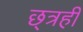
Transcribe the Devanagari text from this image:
छ्त्रही